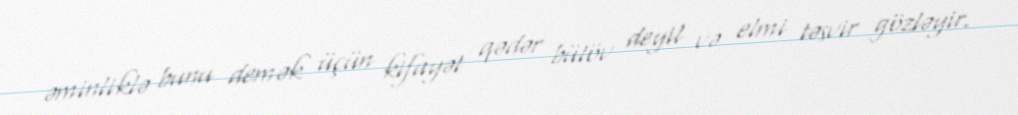
əminliklə bunu demək üçün kifayət qədər bütöv deyil və elmi təsvir gözləyir.